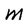
Character: M